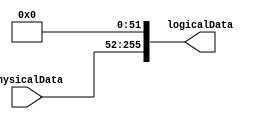
module MapPhysical2Logical #(   parameter LOGICAL_WIDTH=256,
                                parameter LOGICAL_MASK=256'hffff_ffff_ffff_f,
                                parameter PHYSICAL_WIDTH=204)
                                
(
        input           [PHYSICAL_WIDTH-1:0]    physicalData,
        output          [LOGICAL_WIDTH-1:0]     logicalData
);

localparam SAFE_MASK={LOGICAL_WIDTH{1'b0}} + LOGICAL_MASK;

// {logicalBits, physicalBits}

`define logicalBits     ((loopVar>>16)&32'hffff)
`define physicalBits    (loopVar&32'hffff)

generate
genvar loopVar;

        if (SAFE_MASK == 0) begin
                assign logicalData = physicalData;
        end
        else begin
       		//synthesis loop_limit 4096
                for (   loopVar = (LOGICAL_WIDTH<<16) + PHYSICAL_WIDTH;
                        `logicalBits > 0;
                        loopVar = ((`logicalBits-1)<<16)+ `physicalBits-(SAFE_MASK[`logicalBits-1] ? 0:1) 
                ) begin : genBits
        
                        if ( SAFE_MASK[`logicalBits-1] == 0) begin
                                assign logicalData[`logicalBits-1] = physicalData[`physicalBits-1];
                                
                                `ifdef SYNTHESIS
                                `else
                                if ( (`logicalBits==1) && (`physicalBits != 1))  begin 
                                        initial begin
                                        $display("\nWarning: %m LogicalDataMask # of 0s MISMATCH actual physicalWidth, mask=0, logicBits=%d, phyBits=%d",
						`logicalBits, `physicalBits);
                                        end     
                                end
                                `endif
                        end
                        
        
                        else begin
                        
                                assign logicalData[`logicalBits-1] = 1'b0;                        
                        end
                
                end
        end
        
endgenerate 

/*
integer logicalBits,physicalBits;
wire [LOGICAL_WIDTH-1:0] logicalDataMask = LOGICAL_MASK;
reg     [LOGICAL_WIDTH-1:0]     logicalData;

always @ (*) begin
        
        physicalBits = PHYSICAL_WIDTH;
        logicalData = {LOGICAL_WIDTH{1'b0}};
        
        for (   logicalBits=(LOGICAL_WIDTH-1); 
                logicalBits >= 0;
                logicalBits = logicalBits - 1)
        begin
                if (!logicalDataMask[logicalBits]) begin
                        logicalData[logicalBits] = physicalData[(physicalBits-1)];
                                                                
                                
                        `ifdef SYNTHESIS
                        `else
                        if (physicalBits == 0) begin
                                $display("\nWarning: %m LogicalDataMask # of 0s > actual physicalWidth");
                        end
                        `endif
                        
                        physicalBits = physicalBits-1;
                                
                end
        end
                
                
        `ifdef SYNTHESIS
        `else
        if (physicalBits != 0) begin
                $display("\nWarning: %m LogicalDataMask # of 0s < actual physicalWidth");
        end
        `endif
        
end
*/
 `undef logicalBits
 `undef physicalBits
   
endmodule